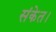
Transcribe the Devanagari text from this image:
संकेत।